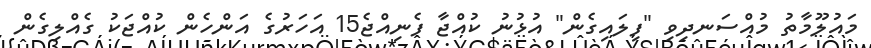
މައުލޫމާތު މުއްސަނދިވި "ފިލައިގެން" އުޅުނު ކުއްޖާ ފެނިއްޖެ15 އަހަރުގެ އަންހެން ކުއްޖަކު ގެއްލިގެން